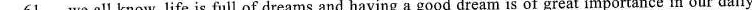
\underline{61} we all know, life is full of dreams and having a good dream is of great importance in our daily